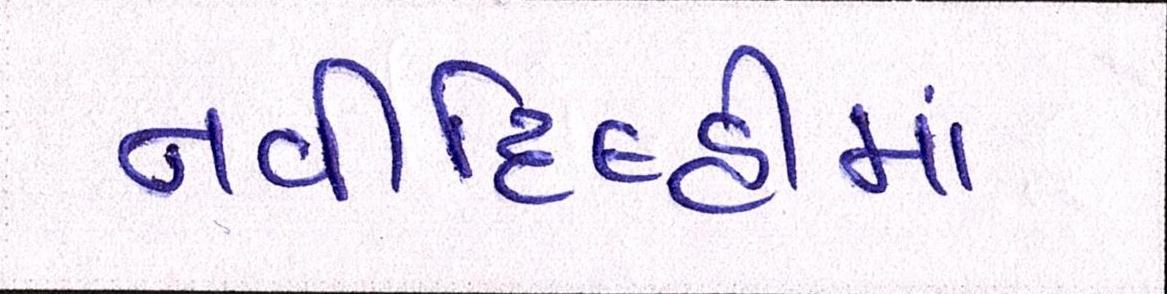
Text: નવીદિલ્હીમાં